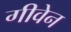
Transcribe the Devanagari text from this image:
गीवेन